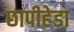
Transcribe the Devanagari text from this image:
छापीहेडा